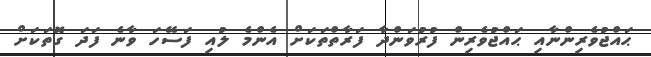
ޙައްޖުވެރިންނާއި ޙައްޖުވެރިން ފުރުވަންދާ ފަރާތްތަކަށް އެންމެ ލުއި ފަސޭހަ ވާނެ ފަދަ ގޮތަކަށް